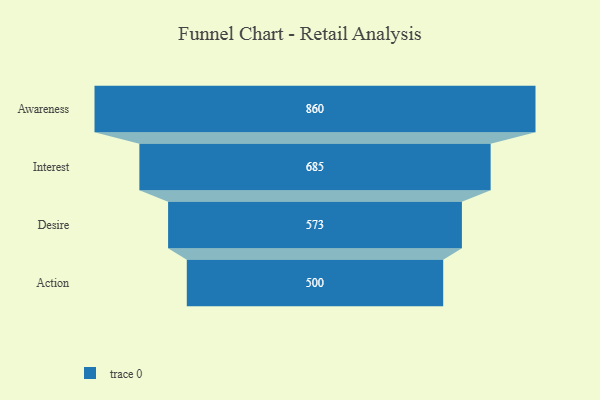
{"axis": {"x": "Stage", "y": "Value"}, "legend": [""], "data": [{"x": "Awareness", "y": 860.0, "type": ""}, {"x": "Interest", "y": 685.0, "type": ""}, {"x": "Desire", "y": 573.0, "type": ""}, {"x": "Action", "y": 500, "type": ""}]}